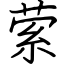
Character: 萦